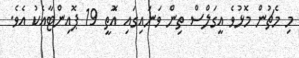
މި މެޗުން މޮޅުވެ އީގަލްސް ތިން ވަނައިގައި އޮަތީ 19 ޕޮއިންޓާއެކު އެވެ.